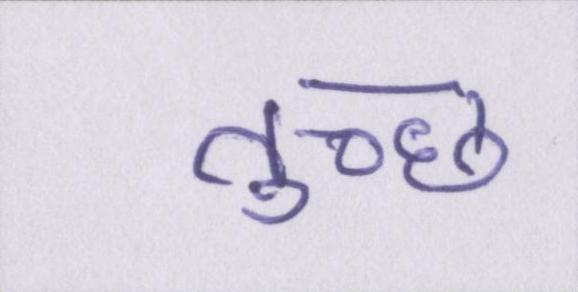
तुच्छ